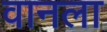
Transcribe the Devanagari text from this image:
वानला